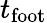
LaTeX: t_{\mathrm{foot}}